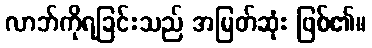
လာဘ်ကိုရခြင်းသည် အမြတ်ဆုံး ဖြစ်၏။